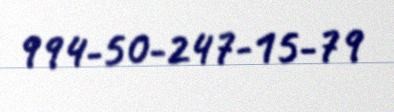
994-50-247-15-79